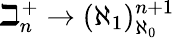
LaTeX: \beth_{n}^{+}\rightarrow(\aleph_{1})_{\aleph_{0}}^{n+1}